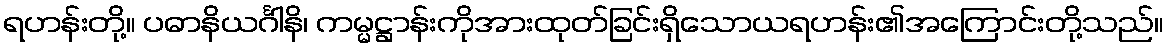
ရဟန်းတို့။ ပဓာနိယင်္ဂါနိ၊ ကမ္မဋ္ဌာန်းကိုအားထုတ်ခြင်းရှိသောယရဟန်း၏အကြောင်းတို့သည်။